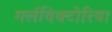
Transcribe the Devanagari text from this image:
गर्लविक्टोरिया